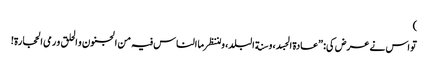
)
تو اس نے عرض کی: ”عادة الجسد، و سنة البلد، و لننظر ما الناس فیہ من الجنون و الحلق و رمی الحجارة!